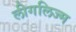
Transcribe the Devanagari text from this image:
लीगलिज्म